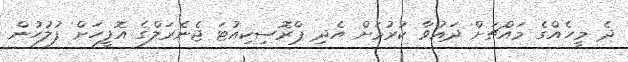
ދެ މީހެއްގެ މައްޗަށް ދައުވާ ކުރުމަށް އެދި ޕްރޮސިކިއުޓަ ޖެނެރަލްގެ އޮފީހަށް ފުލުހުން